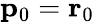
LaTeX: \mathbf{p}_{0}=\mathbf{r}_{0}